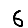
Digit: 6